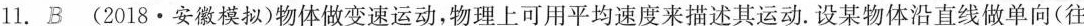
11.B(2018·安徽模拟)物体做变速运动，物理上可用平均速度来描述其运动。设某物体沿直线做单向(往